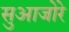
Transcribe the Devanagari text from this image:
सुआजोरे